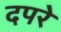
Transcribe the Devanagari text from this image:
दपरे